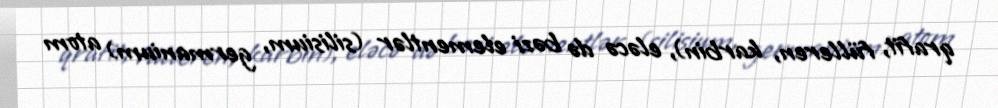
qrafit, fülleren, karbin), eləcə də bəzi elementlər (silisium, germanium) atom